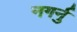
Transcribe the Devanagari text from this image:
नगर्नु